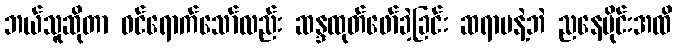
ဘယ်သူဆိုတာ ဝင်ရောက်သော်လည်း ဆန္ဒထုတ်ဖော်ခဲ့ခြင်း ဆရာမနဲ့ဘဲ ညနေပိုင်းအထိ